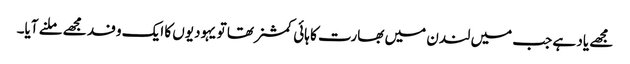
مجھے یاد ہے جب میں لندن میں بھارت کا ہائی کمشنر تھا تو یہودیوں کا ایک وفد مجھے ملنے آیا۔